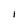
Character: I